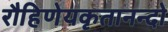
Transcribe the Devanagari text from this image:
रौहिणेयकृतानन्दो